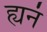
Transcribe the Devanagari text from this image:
ह्यनं